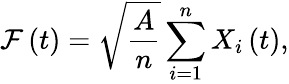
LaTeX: \mathcal{F}\left(t\right)=\sqrt{\frac{A}{n}}\sum_{i=1}^{n}X_{i}\left(t\right),